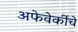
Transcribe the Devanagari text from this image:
अफेवेर्कीचे